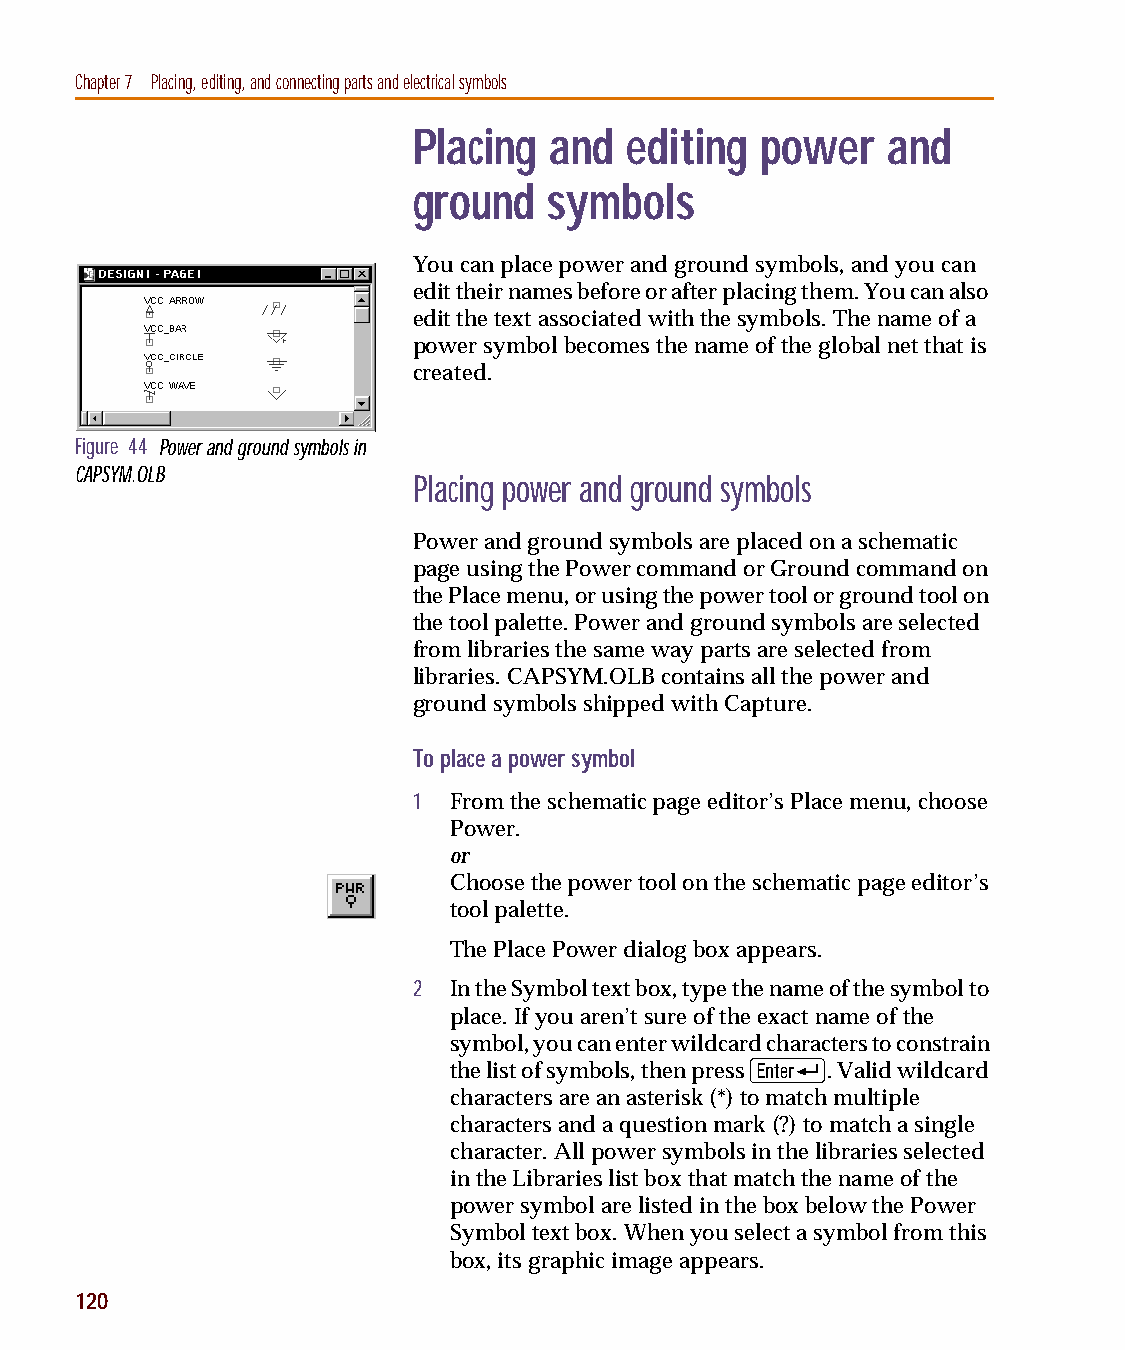
capug.book Page 120 Thursday, November 12, 1998 3:38 PM
 Chapter 7 Placing, editing, and connecting parts and electrical symbols
 Placing  and  editing  power    and
 ground   symbols
 You can place power and ground symbols, and you can
 edit their names before or after placing them. You can also
 edit the text associated with the symbols. The name of a
 power symbol becomes the name of the global net that is
 created.
 Figure 44 Power and ground symbols in
 CAPSYM.OLB
 Placing power and ground symbols
 Power and ground symbols are placed on a schematic
 page using the Power command or Ground command on
 the Place menu, or using the power tool or ground tool on
 the tool palette. Power and ground symbols are selected
 from libraries the same way parts are selected from
 libraries. CAPSYM.OLB contains all the power and
 ground symbols shipped with Capture.
 To place a power symbol
 1  From the schematic page editor’s Place menu, choose
 Power.
 or
 Choose the power tool on the schematic page editor’s
 tool palette.
 The Place Power dialog box appears.
 2  In the Symbol text box, type the name of the symbol to
 place. If you aren’t sure of the exact name of the
 symbol, you can enter wildcard characters to constrain
 R
 the list of symbols, then press . Valid wildcard
 characters are an asterisk (*) to match multiple
 characters and a question mark (?) to match a single
 character. All power symbols in the libraries selected
 in the Libraries list box that match the name of the
 power symbol are listed in the box below the Power
 Symbol text box. When you select a symbol from this
 box, its graphic image appears.
 120